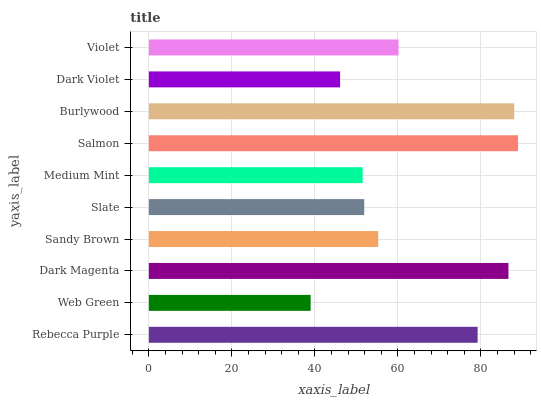
| yaxis_label | bars |
 | --- | --- |
 | Rebecca Purple | 79.2 |
 | Web Green | 39 |
 | Dark Magenta | 86.6 |
 | Sandy Brown | 55.2 |
 | Slate | 51.9 |
 | Medium Mint | 51.5 |
 | Salmon | 88.9 |
 | Burlywood | 88 |
 | Dark Violet | 46.1 |
 | Violet | 60.2 |